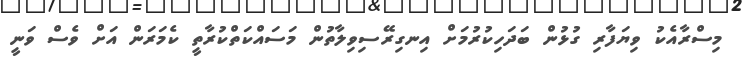
މިސްރާއެކު ވިޔަފާރި ގުޅުން ބަދަހިކުރުމަށް އިނގިރޭސިވިލާތުން މަސައްކަތްކުރާތީ ކެމަރަން އަށް ވެސް ވަނީ